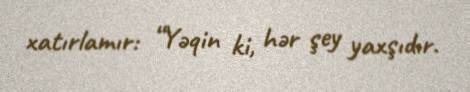
xatırlamır: “Yəqin ki, hər şey yaxşıdır.